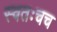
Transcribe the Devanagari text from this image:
स्वतःचच